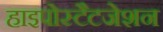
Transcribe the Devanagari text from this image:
हाइपोस्टैटजेशन